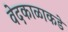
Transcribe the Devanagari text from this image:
वेदकाळाकडे